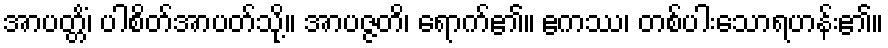
အာပတ္တိံ၊ ပါစိတ်အာပတ်သို့။ အာပဇ္ဇတိ၊ ရောက်၏။ ဧကဿ၊ တစ်ပါးသောရဟန်း၏။